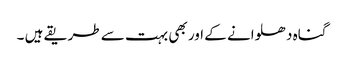
گناہ دھلوانے کے اور بھی بہت سے طریقے ہیں ۔